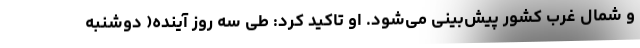
و شمال غرب کشور پیش‌بینی می‌شود. او تاکید کرد: طی سه روز آینده( دوشنبه